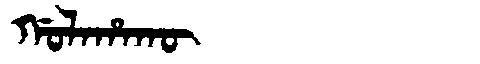
Manchu: ᡤᠣᠯᠠᡥᠠᡴᡡ
Romanization: GOLAHAKŪ